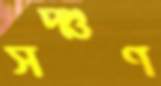
সদ্গুণ